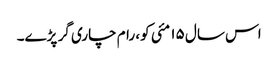
اس سال ۱۵ مئی کو، رام چاری گر پڑے۔